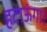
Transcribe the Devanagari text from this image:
हटाऊंगा।